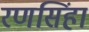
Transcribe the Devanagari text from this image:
रणसिंहा